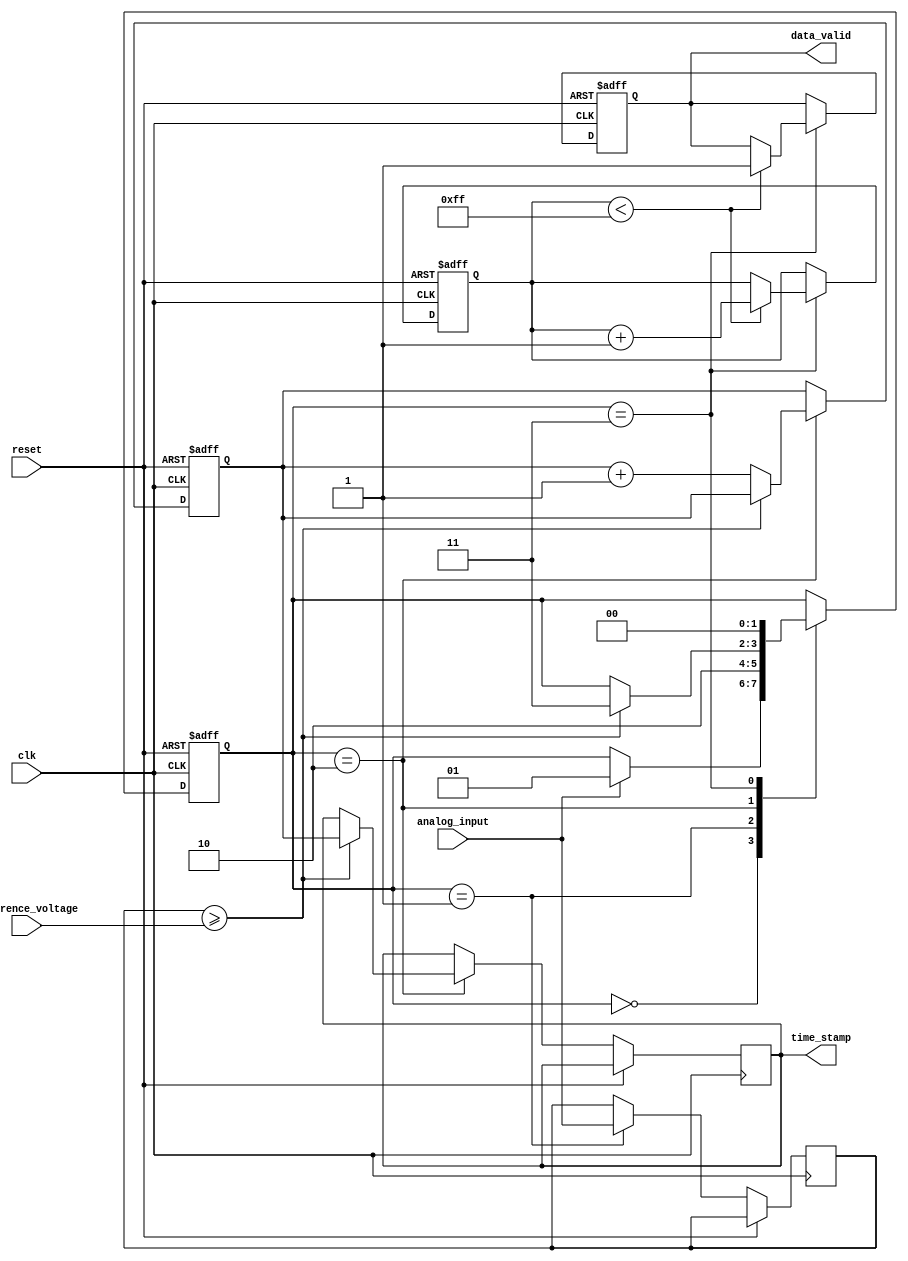
module TDC (
    input wire clk,               // System clock
    input wire reset,             // Reset signal
    input wire analog_input,       // Analog input signal (simulated as digital for this example)
    input wire reference_voltage,   // Reference voltage for comparison
    output reg [15:0] time_stamp, // Output time stamp
    output reg data_valid         // Data valid signal
);

    // State definitions
    reg [1:0] state;
    parameter IDLE = 2'b00, SAMPLE = 2'b01, MEASURE = 2'b10, STORE = 2'b11;

    // Digital counter
    reg [15:0] counter;

    // Memory block to store time intervals
    reg [15:0] memory [0:255]; // Example memory size of 256 entries
    reg [7:0] mem_index;       // Memory index for storing timestamps

    // Sample and Hold Circuit (simulated)
    reg sampled_signal;

    // Analog Comparator
    wire comparator_output;
    assign comparator_output = (sampled_signal >= reference_voltage);

    // Main TDC logic
    always @(posedge clk or posedge reset) begin
        if (reset) begin
            state <= IDLE;
            counter <= 16'b0;
            mem_index <= 8'b0;
            data_valid <= 1'b0;
        end else begin
            case (state)
                IDLE: begin
                    // Wait for a signal to start sampling
                    if (analog_input) begin
                        state <= SAMPLE;
                    end
                end

                SAMPLE: begin
                    // Sample the analog input
                    sampled_signal <= analog_input;
                    state <= MEASURE;
                end

                MEASURE: begin
                    // Measure time when the signal crosses the reference voltage
                    if (comparator_output) begin
                        time_stamp <= counter; // Capture the timestamp
                        state <= STORE;
                    end else begin
                        counter <= counter + 1; // Increment counter
                    end
                end

                STORE: begin
                    // Store the timestamp in memory
                    if (mem_index < 8'd255) begin
                        memory[mem_index] <= time_stamp;
                        mem_index <= mem_index + 1;
                        data_valid <= 1'b1; // Indicate data is valid
                    end
                    state <= IDLE; // Go back to IDLE state
                end

                default: state <= IDLE; // Default case
            endcase
        end
    end

endmodule